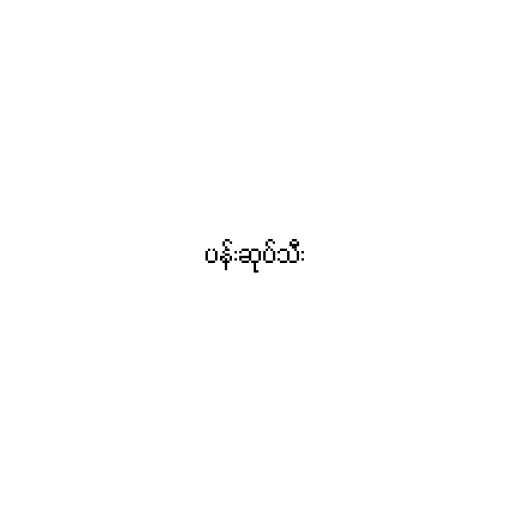
ပန်းဆုပ်သီး